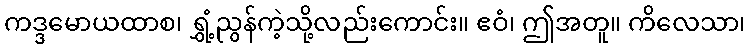
ကဒ္ဒမောယထာစ၊ ရွှံ့ညွန်ကဲ့သို့လည်းကောင်း။ ဧဝံ၊ ဤအတူ။ ကိလေသာ၊